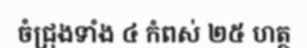
ចំជ្រុងទាំង ៤ កំពស់ ២៥ ហត្ថ